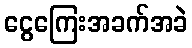
ငွေကြေးအခက်အခဲ